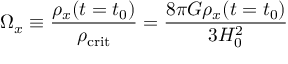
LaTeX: \Omega _ { x } \equiv { \frac { \rho _ { x } ( t = t _ { 0 } ) } { \rho _ { \mathrm { c r i t } } } } = { \frac { 8 \pi G \rho _ { x } ( t = t _ { 0 } ) } { 3 H _ { 0 } ^ { 2 } } }